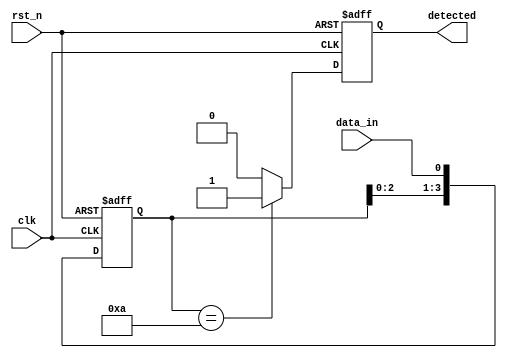
module pattern_detector #(
    parameter PATTERN_LENGTH = 4,  // Length of the pattern to be detected
    parameter PATTERN = 4'b1010     // The pattern to be detected (example: 1010)
)(
    input wire clk,                 // Clock input
    input wire rst_n,               // Active low reset
    input wire data_in,             // Input data stream
    output reg detected             // Output signal indicating pattern detection
);

    // Shift register to store the last PATTERN_LENGTH bits
    reg [PATTERN_LENGTH-1:0] shift_reg;

    // Always block for sampling the input signal
    always @(posedge clk or negedge rst_n) begin
        if (!rst_n) begin
            shift_reg <= 0;          // Reset the shift register
            detected <= 0;           // Reset detected signal
        end else begin
            shift_reg <= {shift_reg[PATTERN_LENGTH-2:0], data_in}; // Shift in the new data
            // Check for pattern detection
            if (shift_reg == PATTERN) begin
                detected <= 1;        // Pattern detected
            end else begin
                detected <= 0;        // No pattern detected
            end
        end
    end

endmodule